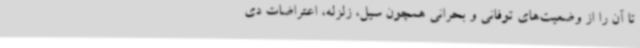
تا آن را از وضعیت‌های توفانی و بحرانی همچون سیل، زلزله، اعتراضات دی